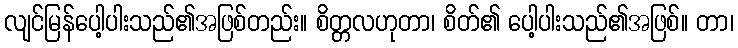
လျင်မြန်ပေါ့ပါးသည်၏အဖြစ်တည်း။ စိတ္တလဟုတာ၊ စိတ်၏ ပေါ့ပါးသည်၏အဖြစ်။ တာ၊